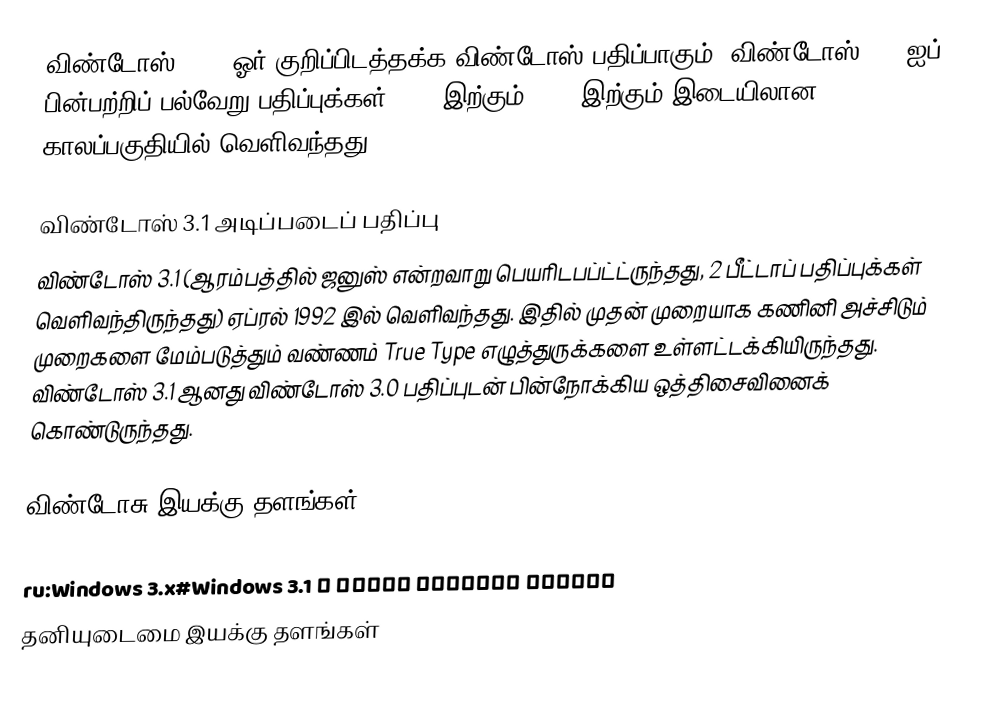
விண்டோஸ் 3.1x ஓர் குறிப்பிடத்தக்க விண்டோஸ் பதிப்பாகும். விண்டோஸ் 3.0 ஐப் பின்பற்றிப் பல்வேறு பதிப்புக்கள் 1992 இற்கும் 1994 இற்கும் இடையிலான காலப்பகுதியில் வெளிவந்தது.

விண்டோஸ் 3.1 அடிப்படைப் பதிப்பு
விண்டோஸ் 3.1 (ஆரம்பத்தில் ஜனுஸ் என்றவாறு பெயரிடபப்ட்ட்ருந்தது, 2 பீட்டாப் பதிப்புக்கள் வெளிவந்திருந்தது) ஏப்ரல் 1992 இல் வெளிவந்தது. இதில் முதன் முறையாக கணினி அச்சிடும் முறைகளை மேம்படுத்தும் வண்ணம் True Type எழுத்துருக்களை உள்ளட்டக்கியிருந்தது. விண்டோஸ் 3.1 ஆனது விண்டோஸ் 3.0 பதிப்புடன் பின்நோக்கிய ஒத்திசைவினைக் கொண்டுருந்தது.

விண்டோசு இயக்கு தளங்கள்

ru:Windows 3.x#Windows 3.1 и более поздние версии
தனியுடைமை இயக்கு தளங்கள்